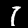
Label: 1